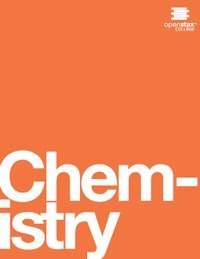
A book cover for Chemistry; OpenStax; Science & Math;